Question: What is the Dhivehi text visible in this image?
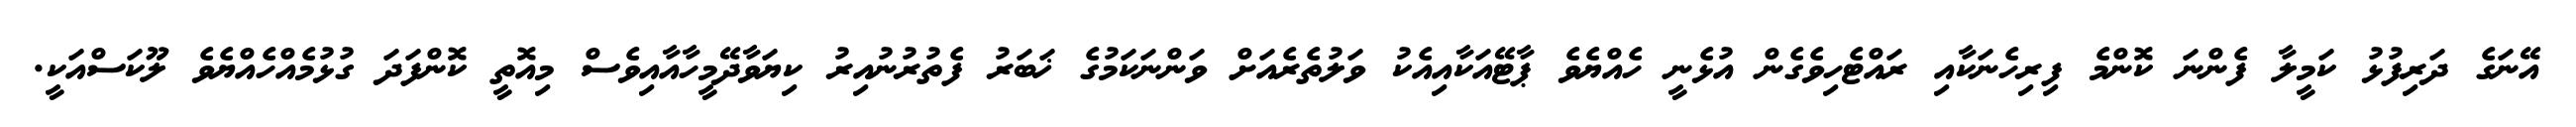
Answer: އޭނަގެ ދަރިފުޅު ކަމީލާ ފެންނަ ކޮންމެ ފިރިހެނަކާއި ރައްޓެހިވެގެން އުޅެނީ ހެއްޔެވެ ޕާޓޭއަކާއިއެކު ވަލުތެރެއަށް ވަންނަކަމުގެ ޚަބަރު ފެތުރުނުއިރު ކިޔަވާދޭމީހާއާއިވެސް މިއޮތީ ކޮންފަދަ ގުޅުމެއްހެއްޔެވެ ލޫކަސްއަކީ.